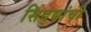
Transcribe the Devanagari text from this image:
सिद्द्यांची